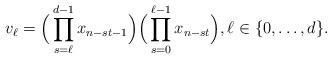
LaTeX: \begin{align*}v_\ell=\Big(\prod_{s=\ell}^{d-1}x_{n-st-1}\Big)\Big(\prod_{s=0}^{\ell-1}x_{n-st}\Big), \ell\in\{0,\dots,d\}.\end{align*}